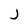
Character: j